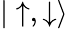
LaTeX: |\uparrow,\downarrow\rangle